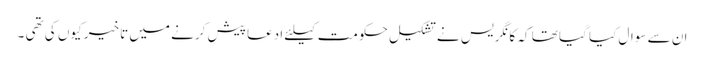
ان سے سوال کیا گیا تھا کہ کانگریس نے تشکیل حکومت کیلئے ادعا پیش کرنے میں تاخیر کیوں کی تھی ۔